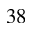
^ Ḋ 3 8 Ḍ